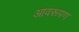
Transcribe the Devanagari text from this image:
आवरूपण